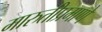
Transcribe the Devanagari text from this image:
मारुतीप्रमाणे